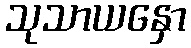
သုသာယနှော